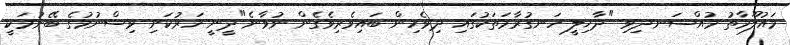
މައުލޫމާތު މުއްސަނދިވި "ދާޚިލީ ހަނގުރާމަތަކުގައި ދިވެހިން ބައިވެރިވެގެން ނުވާނެ"ދީނީ ހަރުކަށި ވިސްނުމުގެ ބޭނުމަކީ